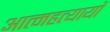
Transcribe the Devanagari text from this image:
आत्महत्यायों